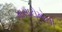
માસાટોમોની